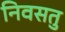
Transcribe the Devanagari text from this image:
निवसतु